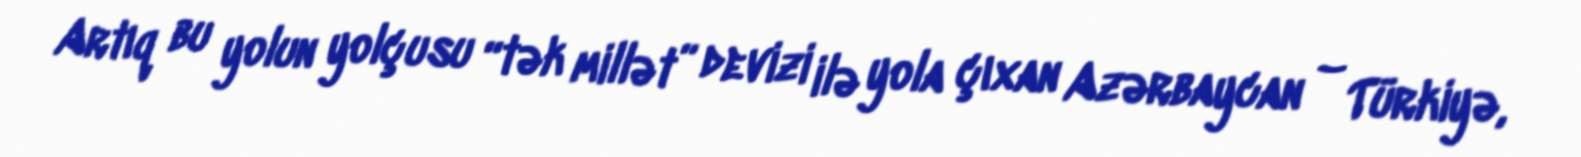
Artıq bu yolun yolçusu “tək millət” devizi ilə yola çıxan Azərbaycan – Türkiyə,